Lunatic asylums Madras 1877-1891 - 1877-1891
Year: 1877
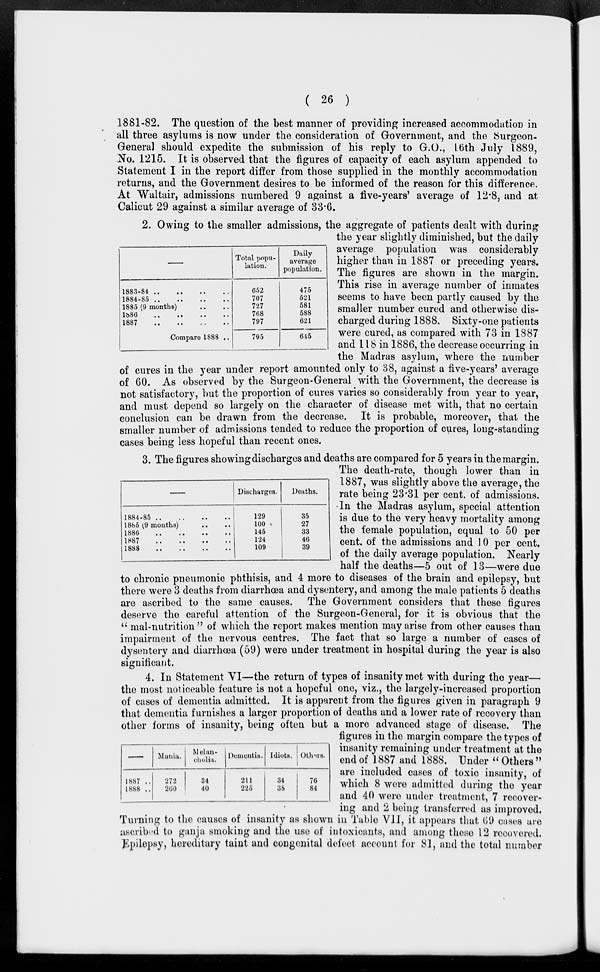
( 26 )
1881-82. The question of the best manner of providing increased accommodation in
all three asylums is now under the consideration of Government, and the Surgeon-
General should expedite the submission of his reply to G.O., 16th July 1889,
No. 1215. It is observed that the figures of capacity of each asylum appended to
Statement I in the report differ from those supplied in the monthly accommodation
returns, and the Government desires to be informed of the reason for this difference.
At Waltair, admissions numbered 9 against a five-years' average of 12.8, and at
Calicut 29 against a similar average of 33.6.
1883-84
..
..
..
..
1884-85
..
..
..
..
1885 (9 months)
1886
..
..
..
..
1887
..
..
..
..
Compare 1888 ..
Total popu-
lation.
652
707
727
768
797
795
Daily
average
population.
475
521
581
588
621
645
2. Owing to the smaller admissions, the aggregate of patients dealt with during
the year slightly diminished, but the daily
average population was considerably
higher than in 1887 or preceding years.
The figures are shown in the margin.
This rise in average number of inmates
seems to have been partly caused by the
smaller number cured and otherwise dis-
charged during 1888. Sixty-one patients
were cured, as compared with 73 in 1887
and 118 in 1886, the decrease occurring in
the Madras asylum, where the number
of cures in the year under report amounted only to 38, against a five-years' average
of 60. As observed by the Surgeon-General with the Government, the decrease is
not satisfactory, but the proportion of cures varies so considerably from year to year,
and must depend so largely on the character of disease met with, that no certain
conclusion can be drawn from the decrease. It is probable, moreover, that the
smaller number of admissions tended to reduce the proportion of cures, long-standing
cases being less hopeful than recent ones.
–
1884-85 .. .. .. ..
1885 (9 months) .. ..
1886 .. .. .. ..
1887 .. .. .. ..
1888 .. .. .. ..
Discharges.
129
100
145
124
109
Deaths.
35
27
33
46
39
3. The figures showing discharges and deaths are compared for 5 years in the margin.
The death-rate, though lower than in
1887, was slightly above the average, the
rate being 23.31 per cent. of admissions.
In the Madras asylum, special attention
is due to the very heavy mortality among
the female population, equal to 50 per
cent. of the admissions and 10 per cent.
of the daily average population. Nearly
half the deaths—5 out of 13—were due
to chronic pneumonic phthisis, and 4 more to diseases of the brain and epilepsy, but
there were 3 deaths from diarrhoea and dysentery, and among the male patients 5 deaths
are ascribed to the same causes. The Government considers that these figures
deserve the careful attention of the Surgeon-General, for it is obvious that the
" mal-nutrition " of which the report makes mention may arise from other causes than
impairment of the nervous centres. The fact that so large a number of cases of
dysentery and diarrhœa (59) were under treatment in hospital during the year is also
significant.
—
1887 ..
1888 ..
Mania.
272
260
Melan-
cholia.
34
40
Dementia.
211
225
Idiots.
34
36
Others.
76
84
4. In Statement VI—the return of types of insanity met with during the year
the most noticeable feature is not a hopeful one, viz., the largely-increased proportion
of cases of dementia admitted. It is apparent from the figures given in paragraph 9
that dementia furnishes a larger proportion of deaths and a lower rate of recovery than
other forms of insanity, being often but a more advanced stage of disease. The
figures in the margin compare the types of
insanity remaining under treatment at the
end of 1887 and 1888. Under " Others "
are included cases of toxic insanity, of
which 8 were admitted during the year
and 40 were under treatment, 7 recover-
ing and 2 being transferred as improved.
Turning to the causes of insanity as shown in Table VII, it appears that 69 cases are
ascribed to ganja smoking and the use of intoxicants, and among these 12 recovered
Epilepsy, hereditary taint and congenital defect account for 81, and the total number